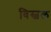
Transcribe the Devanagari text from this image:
विस्वल